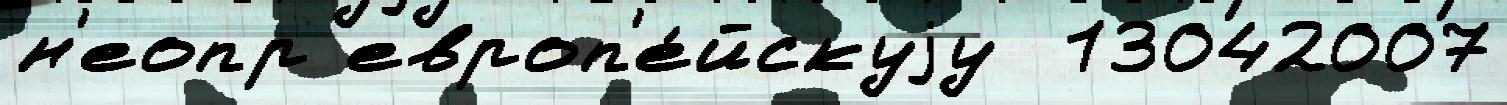
н'еопр европ'е́йскуjу  13042007